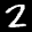
Label: 2